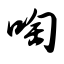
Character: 啕